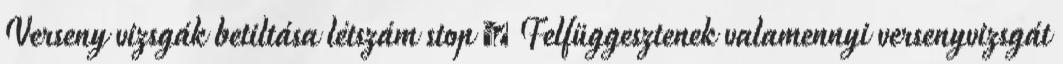
Verseny vizsgák betiltása létszám stop  Felfüggesztenek valamennyi versenyvizsgát